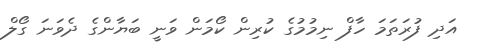
އަދި ފުރަތަމަ ހާފް ނިމުމުގެ ކުރިން ކޯމަން ވަނީ ބަޔާންގެ ދެވަނަ ގޯލް